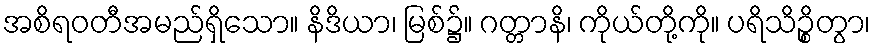
အစိရဝတီအမည်ရှိသော။ နိဒိယာ၊ မြစ်၌။ ဂတ္တာနိ၊ ကိုယ်တို့ကို။ ပရိသိဉ္စိတွာ၊